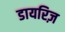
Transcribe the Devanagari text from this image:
डायरिज़